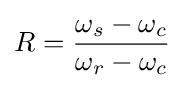
R={\frac {\omega _{s}-\omega _{c}}{\omega _{r}-\omega _{c}}}